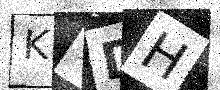
Text: KTDH